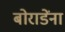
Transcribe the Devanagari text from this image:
बोराडेंना